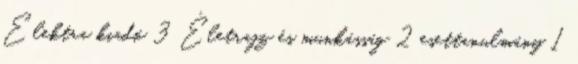
Elektra kiadó 3 Életrajz és munkásság 2 esettanulmány 1